Report of the Municipal Commissioner on the plague in Bombay for the year ending 31st May... - Volume 2
Disease focus: Plague
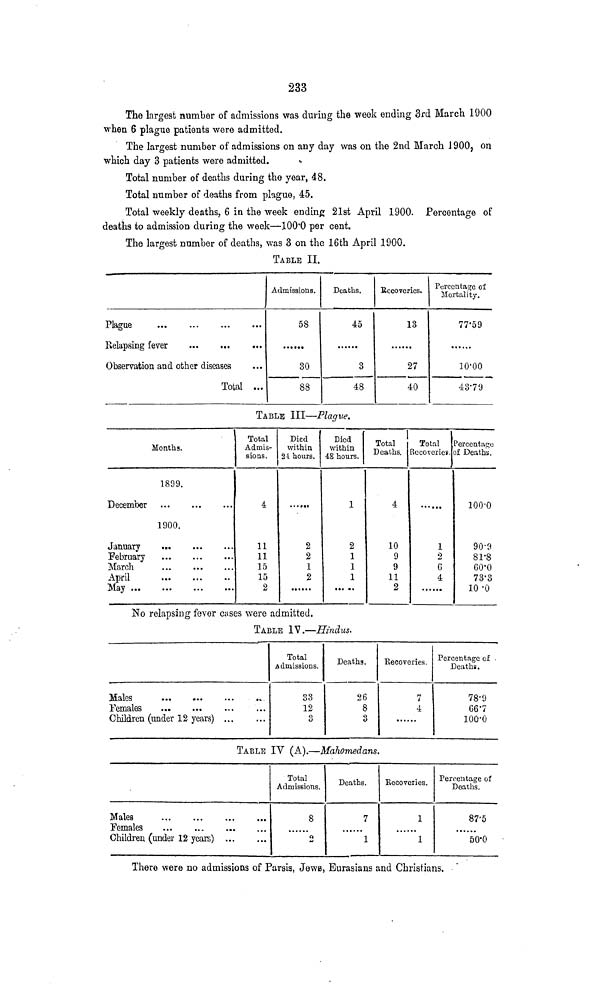
233
The largest number of admissions was during the week ending 3rd March 1900
when 6 plague patients were admitted.
The largest number of admissions on any day was on the 2nd March J900, on
which day 3 patients were admitted.
Total number of deaths during the year, 48.
Total number of deaths from plague, 45.
Total weekly deaths, 6 in the week ending 21st April 1900. Percentage of
deaths to admission during the week—100*0 per cent.
The largest number of deaths, was 3 on the 16th April 1900.
TABLE II.
Plague
Observation and other diseases
Total ...
Admissions.
58
30
88
Deaths.
45
3
48
Recoveries.
13
27
40
Percentage of
Mortality.
77-59
10-00
43-79
TABLE III—Plague.
Months.
1899.
December
1900.
January
February
March
April
May
Total
Admis-
sions.
4
11
11
15
15
2
Died
within
2-t hours.
2
2
1
2
Died
within
48 hours.
1
2
1
1
1
1
Total
Deaths.
4
10
9
9
11
2
Total
Recoveries.
1
2
6
4
Percentage
o£ Deaths.
100-0
90-9
81-8
60-0
73'3
10-0
No relapsing fever cases were admitted.
TABLE IV.—Hindus.
Males
Females
Children (under 12 years) ...
Total
Admissions.
33
12
3
Deaths.
26
8
3
Recoveries,
7
4
Percentage of
Deaths.
78-9
66-7
100-0
TABLE IV (A).—Maiiomedans.
Males
Females
Children (under 12 years)
Total
Admissions.
8
o
4J
Deaths.
7
1
Recoveries.
1
1
Percentage of
Deaths.
87-5
......
50'0
There were no admissions of Parsia, Jews, Eurasians and Christians.